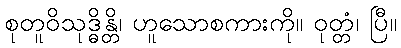
စုတူဝိသုဒ္ဓိန္တိ၊ ဟူသောစကားကို။ ဝုတ္တံ၊ ပြီ။